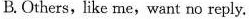
B. Others, like me,want no reply.